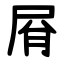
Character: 㞕